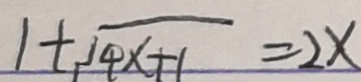
1 + \sqrt { 4 x + 1 } = 2 x